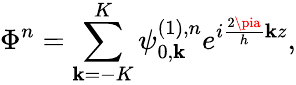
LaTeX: \displaystyle\Phi^{n}=\sum_{\mathbf{k}=-K}^{K}\psi_{0,\mathbf{k}}^{(1),n}e^{i\frac{{2\pia}}{{h}}\mathbf{k}z},